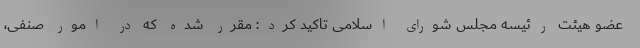
عضو هیئت رئیسه مجلس شورای اسلامی تاکید کرد: مقرر شده که در امور صنفی،